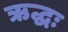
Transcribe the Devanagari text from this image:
ऋद्धः